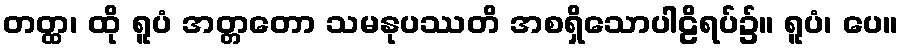
တတ္ထ၊ ထို ရူပံ အတ္တတော သမနုပဿတိ အစရှိသောပါဠိရပ်၌။ ရူပံ၊ ပေ။